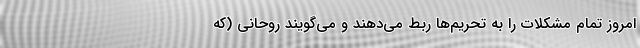
امروز تمام مشکلات را به تحریم‌ها ربط می‌دهند و می‌گویند روحانی (که